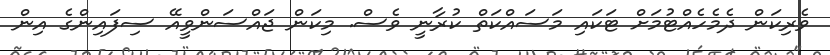
ވެރިކަން ދެމެެހެއްޓުމަށް ޓަކައި މަސައްކަތް ކުރާނީ ވެސް. މިކަން ޖައްސަންވީއޭ ސިފައިންގެ އިން